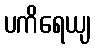
ပကိရေယျ